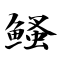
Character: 鳋